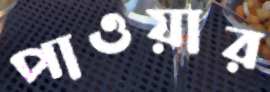
পাওয়ার